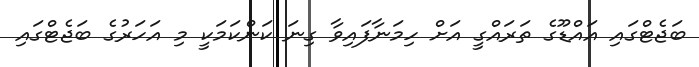
ބަޖެޓްގައި އައްޑޫގެ ތަރައްގީ އަށް ހިމަނާފައިވާ ގިނަ ކަންކަމަކީ މި އަހަރުގެ ބަޖެޓްގައި